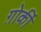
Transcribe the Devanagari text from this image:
ग़ोर्की